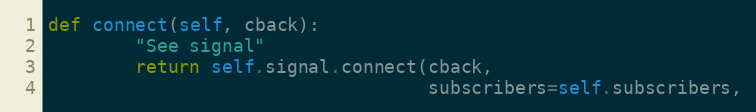
Language: Python
def connect(self, cback):
        "See signal"
        return self.signal.connect(cback,
                                   subscribers=self.subscribers,